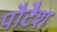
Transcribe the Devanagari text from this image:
पौटैश